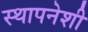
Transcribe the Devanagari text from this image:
स्थापनेशी